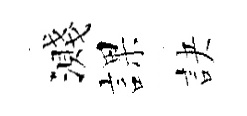
濺課訣